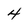
Character: 4